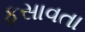
ફસાવતા